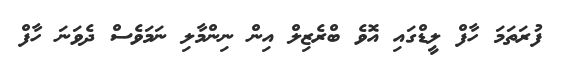
ފުރަތަމަ ހާފް ލީޑްގައި އޮވެ ބްރެޒިލް އިން ނިންމާލި ނަމަވެސް ދެވަނަ ހާފް